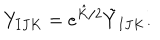
Y _ { I J K } = e ^ { { \hat { K } } / 2 } { \tilde { Y } } _ { I J K } .